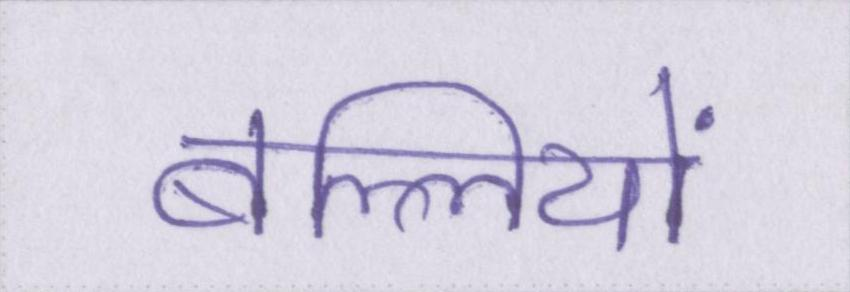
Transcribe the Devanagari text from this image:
बल्लियों